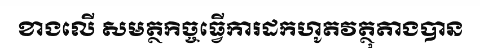
ខាងលើ សមត្ថកិច្ចធ្វើការដកហូតវត្ថុតាងបាន